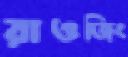
রাওজিং